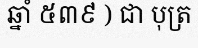
ឆ្នាំ ៥៣៩ ) ជា បុត្រ